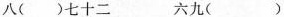
八( )七十二 六九( )